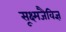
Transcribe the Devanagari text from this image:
सूक्ष्मजैविज्ञ